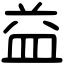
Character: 益